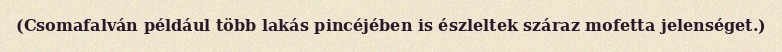
(Csomafalván például több lakás pincéjében is észleltek száraz mofetta jelenséget.)